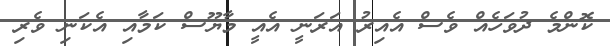
ކޮންމެ ދުވަހެއް ވެސް އެއިރު އަރަނީ އެއީ މާޔޫސް ކަމާއި އެކަނި ވެރި